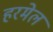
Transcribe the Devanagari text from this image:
हरमेल